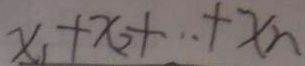
x _ { 1 } + x _ { 2 } + \cdot + x _ { n }